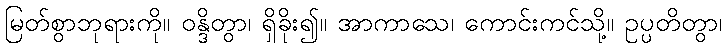
မြတ်စွာဘုရားကို။ ဝန္ဒိတွာ၊ ရှိခိုး၍။ အာကာသေ၊ ကောင်းကင်သို့။ ဥပ္ပတိတွာ၊